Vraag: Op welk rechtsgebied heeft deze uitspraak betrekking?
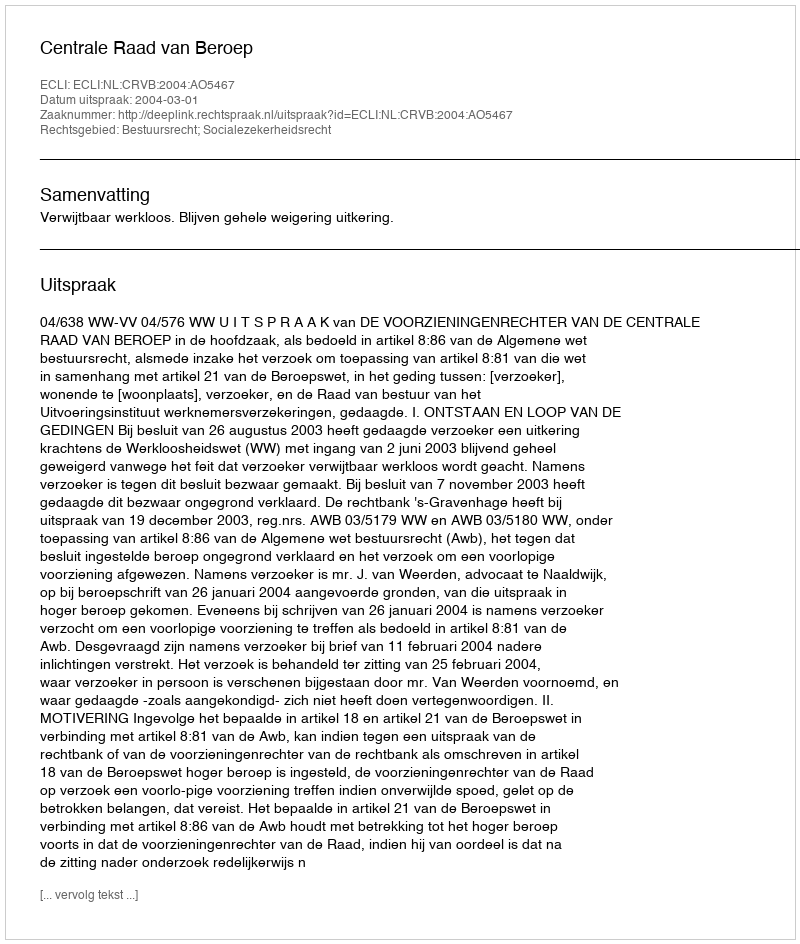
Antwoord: Bestuursrecht; Socialezekerheidsrecht